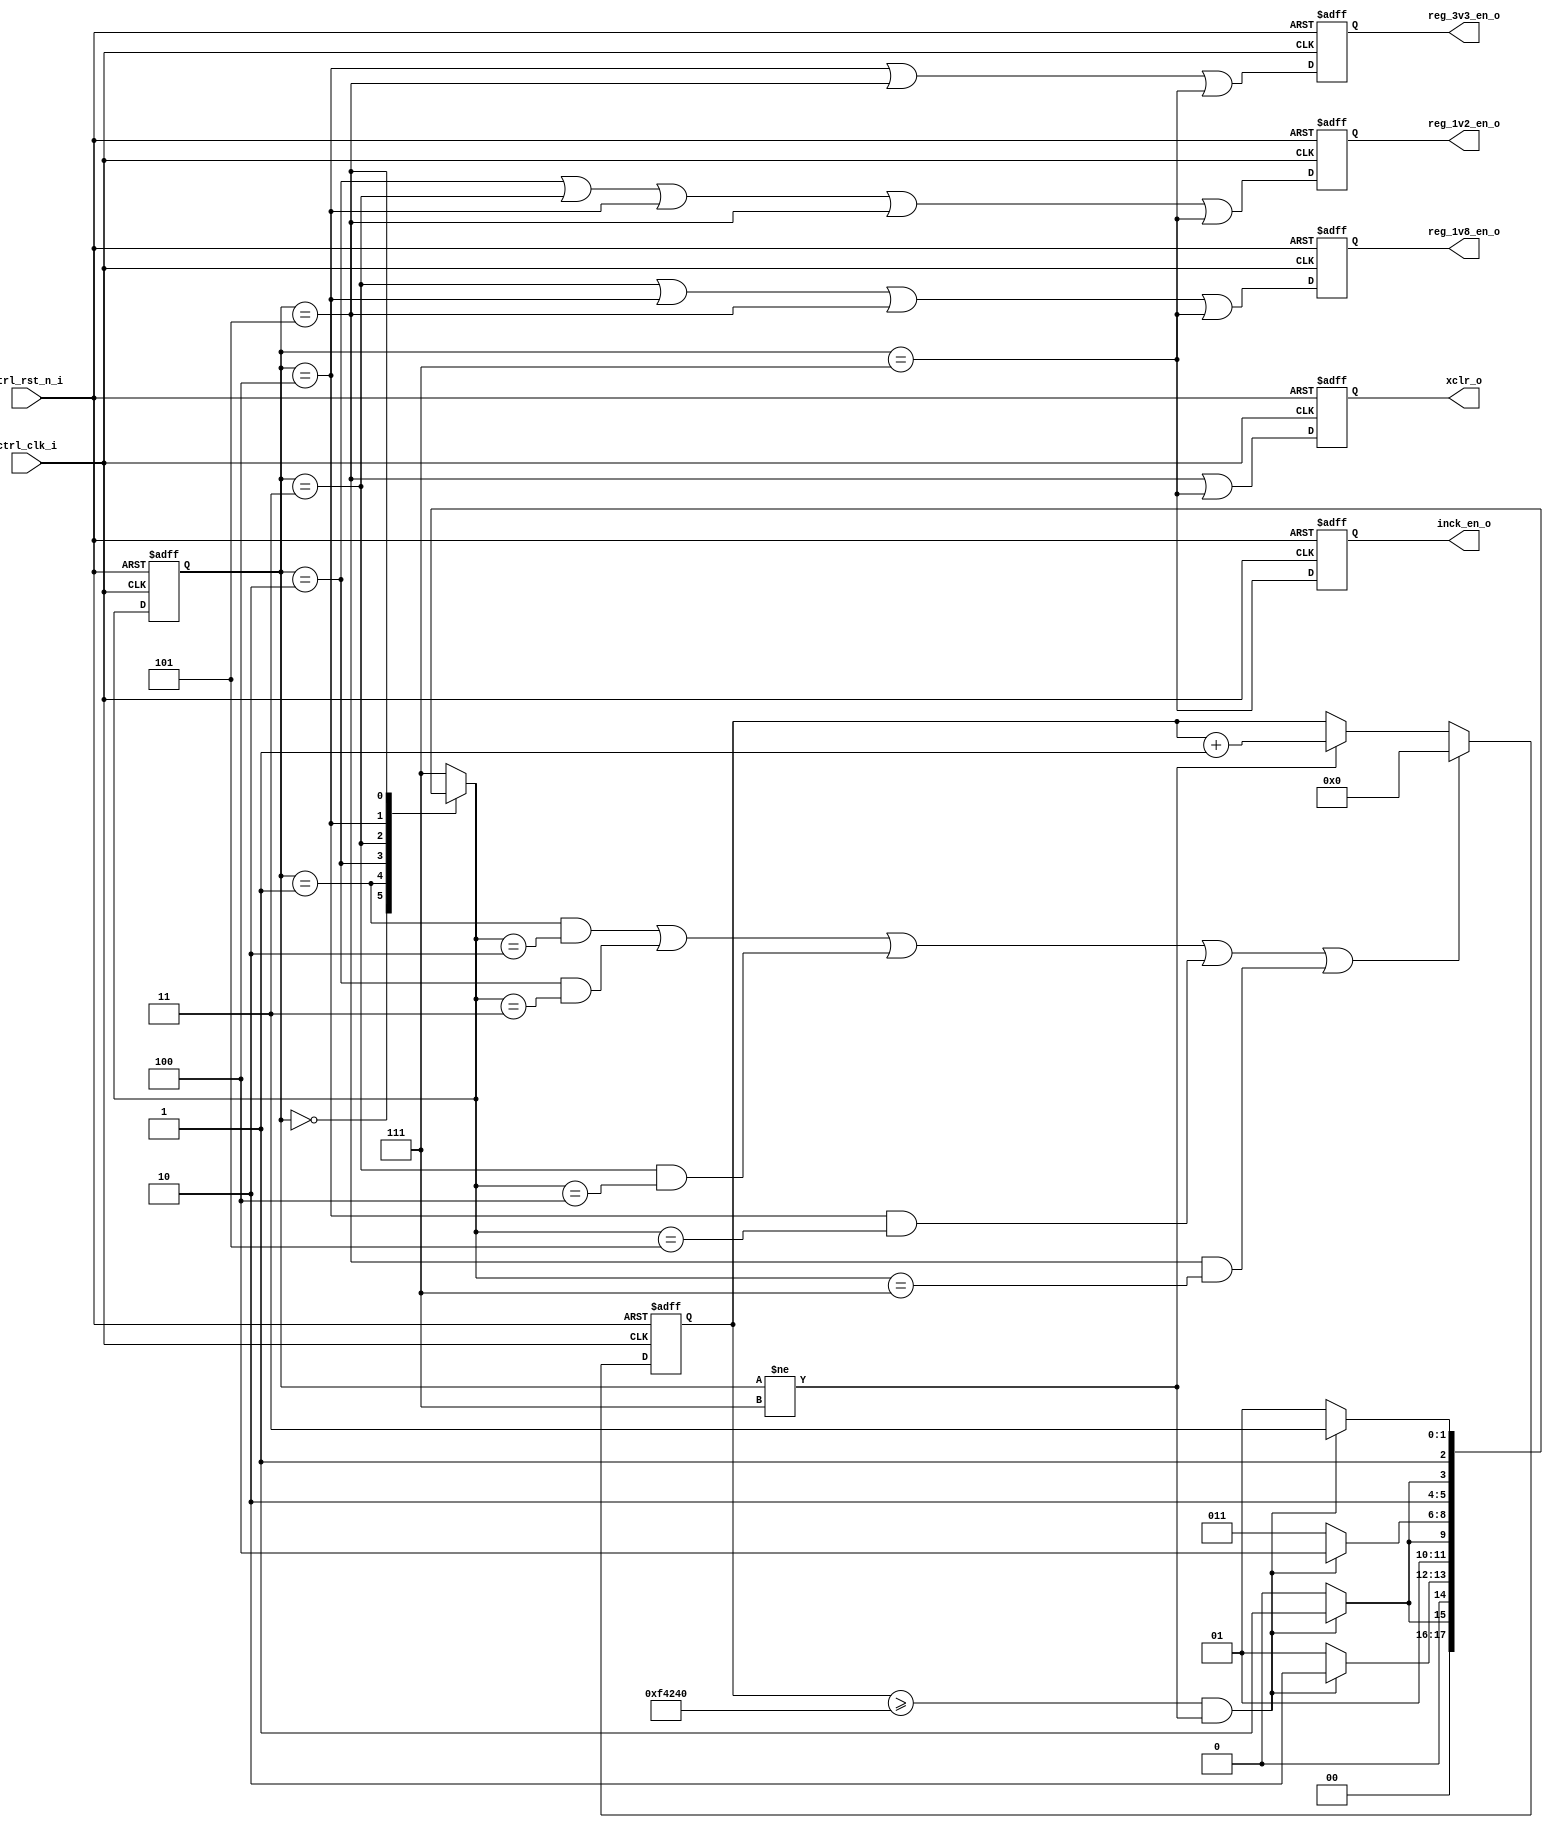
// =============================================================================
// DEPARTMENT	: EBOTS 
// DATE			: 
// =============================================================================
// DESCRIPTION	: Camera power On sequence (1v2, 1v8, 3v3, INCK_EN, XCLR)
// =============================================================================
// REVISION HISTORY	:
//	v1.0		: Initial version release
// =============================================================================
// PARAMETERS	:
// =============================================================================
// I/O PORTS	:
// =============================================================================

`timescale 1ps/1ps
`default_nettype none

module camera_poweron_sequence_sm #(
	parameter	TIMEOUT_THRESHOLD	= 32'd1000000	// 1,000,000 * (1/clk_mhz)
)
(
	input	wire								ctrl_clk_i,
	input	wire								ctrl_rst_n_i,	
	output wire								reg_1v2_en_o,
	output wire								reg_1v8_en_o,
	output wire								reg_3v3_en_o,
	output wire								inck_en_o,
	output wire								xclr_o
);

	// =============================================================================
	// REG/WIRE DECLARATION
	// =============================================================================
	
	localparam	STATE0 = 3'b000;
	localparam 	STATE1 = 3'b001;
	localparam 	STATE2 = 3'b010;
	localparam 	STATE3 = 3'b011;
	localparam 	STATE4 = 3'b100;
	localparam 	STATE5 = 3'b101;

	localparam 	DISABLE = 3'b111;
	
	localparam 	COUNTER_ZERO = 32'b0;
	
	reg[31:0]	timeout_count_ff;
	wire			timeout_count_reset;
	wire			timeout_count_enable;

	reg[2:0]		current_state;
	reg[2:0]		next_state;
	
	reg			inck_en;
	reg			xclr;
	reg			reg_1v2_en;
	reg			reg_1v8_en;
	reg			reg_3v3_en;
	
	// =============================================================================
	// INITIALIZATION
	// =============================================================================
	initial begin
		inck_en 		= 1'b0;
		xclr 			= 1'b0;
		reg_1v2_en 	= 1'b0;
		reg_1v8_en 	= 1'b0;
		reg_3v3_en 	= 1'b0;
		
		timeout_count_ff 	= COUNTER_ZERO;
		current_state 		= STATE0;
		next_state 			= STATE0;
	end
	
	// ---------------------------------------------------------------------
	// Power On Sequence Control State machine
	// ---------------------------------------------------------------------
	always @(posedge ctrl_clk_i or negedge ctrl_rst_n_i) begin
		if ( !ctrl_rst_n_i ) begin
			current_state <= STATE0;
		end 
		else begin
			current_state <= next_state;
		end
	end
	
	always @( * ) begin
		case ( current_state ) 
		
			STATE0 :
				begin
					if ( ( timeout_count_ff >= TIMEOUT_THRESHOLD ) &  timeout_count_enable ) begin
						next_state <= STATE1;
					end
					else begin
						next_state <= STATE0;
					end	
				end
				
			STATE1 : 
				begin
					if ( ( timeout_count_ff >= TIMEOUT_THRESHOLD ) &  timeout_count_enable ) begin
						next_state <= STATE2;
					end
					else begin
						next_state <= STATE1;
					end
				end
				
			STATE2 : 
				begin
					if ( ( timeout_count_ff >= TIMEOUT_THRESHOLD ) &  timeout_count_enable ) begin
						next_state <= STATE3;
					end
					else begin
						next_state <= STATE2;
					end
				end
		
			STATE3 : 
				begin
					if ( ( timeout_count_ff >= TIMEOUT_THRESHOLD ) &  timeout_count_enable ) begin
						next_state <= STATE4;
					end
					else begin
						next_state <= STATE3;
					end
				end
		
			STATE4 : 
				begin
					if ( ( timeout_count_ff >= TIMEOUT_THRESHOLD ) &  timeout_count_enable ) begin
						next_state <= STATE5;
					end
					else begin
						next_state <= STATE4;
					end
				end
			
			STATE5 : 
				begin
					if ( ( timeout_count_ff >= TIMEOUT_THRESHOLD ) &  timeout_count_enable ) begin
						next_state <= DISABLE;
					end
					else begin
						next_state <= STATE5;
					end
				end

			DISABLE : 
				begin
					next_state <= DISABLE;
				end
				
			default : 
				begin
					next_state <= DISABLE;
				end
				
		endcase
	end
	
	
	// reg_1v2_en_o
	always @(posedge ctrl_clk_i or negedge ctrl_rst_n_i) begin
		if ( !ctrl_rst_n_i ) begin
			reg_1v2_en <= 1'b0;
		end 
		else begin
			reg_1v2_en <= (( current_state == STATE2 ) | ( current_state == STATE3 ) | ( current_state == STATE4 ) | ( current_state == STATE5 )| ( current_state == DISABLE ));
		end
	end
	
	assign reg_1v2_en_o = reg_1v2_en;
	
	
	// reg_1v8_en_o
	always @(posedge ctrl_clk_i or negedge ctrl_rst_n_i) begin
		if ( !ctrl_rst_n_i ) begin
			reg_1v8_en <= 1'b0;
		end 
		else begin
			reg_1v8_en <= (( current_state == STATE3 ) | ( current_state == STATE4 ) | ( current_state == STATE5 )| ( current_state == DISABLE ));
		end
	end
	
	assign reg_1v8_en_o = reg_1v8_en;
	

	// reg_3v3_en_o
	always @(posedge ctrl_clk_i or negedge ctrl_rst_n_i) begin
		if ( !ctrl_rst_n_i ) begin
			reg_3v3_en <= 1'b0;
		end 
		else begin
			reg_3v3_en <= (( current_state == STATE4 ) | ( current_state == STATE5 )| ( current_state == DISABLE ));
		end
	end
	
	assign reg_3v3_en_o = reg_3v3_en;
	

	// xclr_o
	always @(posedge ctrl_clk_i or negedge ctrl_rst_n_i) begin
		if ( !ctrl_rst_n_i ) begin
			xclr <= 1'b0;
		end 
		else begin
			xclr <=  (( current_state == STATE5 ) | ( current_state == DISABLE ));
		end
	end
	
	assign xclr_o = xclr;
	
	
	// inck_en_o
	always @(posedge ctrl_clk_i or negedge ctrl_rst_n_i) begin
		if ( !ctrl_rst_n_i ) begin
			inck_en <= 1'b0;
		end 
		else begin
			inck_en <=  ( current_state == DISABLE );
		end
	end
	
	assign inck_en_o = inck_en;
	

	
	
	// ---------------------------------------------------------------------
	// Timeout Counter
	// ---------------------------------------------------------------------
	
	always @(posedge ctrl_clk_i or negedge ctrl_rst_n_i) begin
		if (!ctrl_rst_n_i) begin
			timeout_count_ff <= 32'd0;
		end 
		else begin
			if (timeout_count_reset) begin
				timeout_count_ff <= 32'd0;
			end
			else if (timeout_count_enable) begin
					timeout_count_ff <= timeout_count_ff + 32'd1;
			end
		end
	end
	
	assign timeout_count_reset = ( ( ( current_state == STATE1 ) & ( next_state == STATE2 ) )
										|	 ( ( current_state == STATE2 ) & ( next_state == STATE3 ) )
										|	 ( ( current_state == STATE3 ) & ( next_state == STATE4 ) )
										|	 ( ( current_state == STATE4 ) & ( next_state == STATE5 ) )
										|   ( ( current_state == STATE5 ) & ( next_state == DISABLE ) ) );
	
	assign timeout_count_enable = ( current_state != DISABLE );	// stop timeout counter if current state is DISABLE
	
endmodule
`default_nettype wire